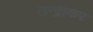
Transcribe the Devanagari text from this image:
तन्द्राकर